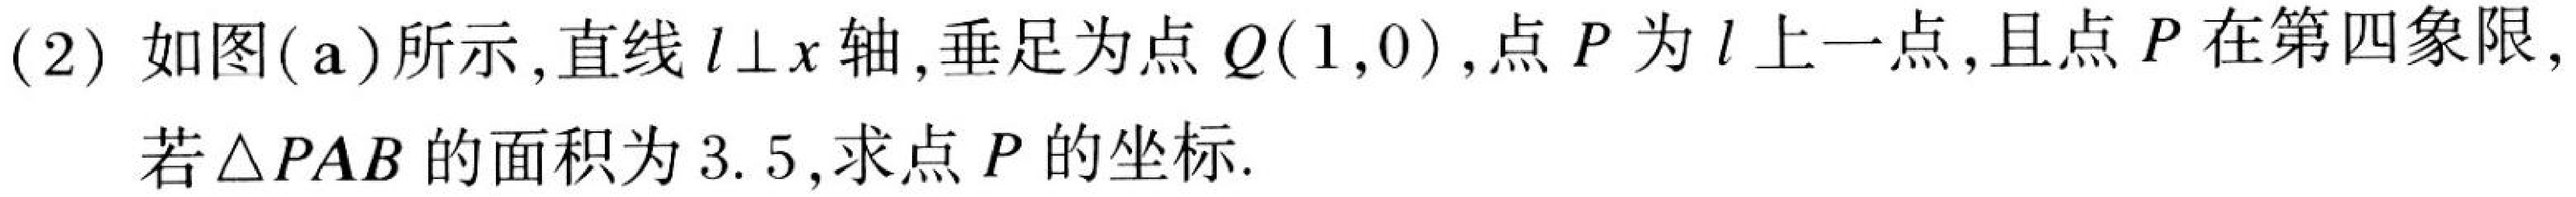
(2) 如图(a)所示,直线$l\perp x$轴,垂足为点$Q(1,0)$,点$P$为$l$上一点,且点$P$在第四象限,
若$\triangle PAB$的面积为$3.5$,求点$P$的坐标.